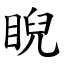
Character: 睨